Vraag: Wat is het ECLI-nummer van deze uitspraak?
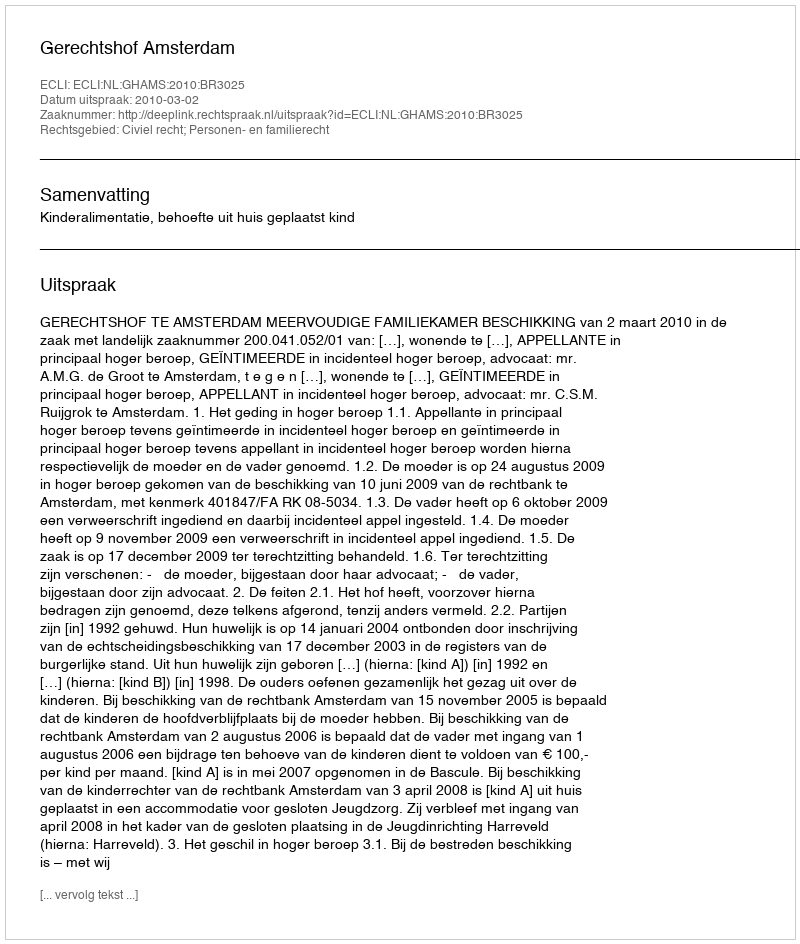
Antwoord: ECLI:NL:GHAMS:2010:BR3025